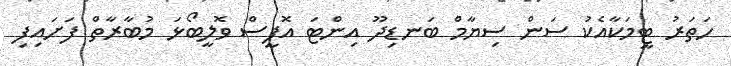
ހަތަރު ޓީމަކާއެކު ސަން ސިޔާމް ބަނޑިދޫ އިންޓަ އޮފީސް ވޮލީބޯޅަ މުބާރާތް ފަށައިފި